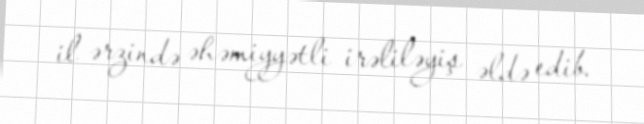
il ərzində əhəmiyyətli irəliləyiş əldə edib.